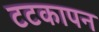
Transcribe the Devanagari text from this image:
टटकापन